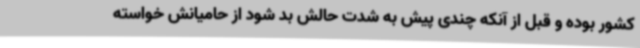
کشور بوده و قبل از آنکه چندی پیش به شدت حالش بد شود از حامیانش خواسته